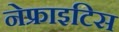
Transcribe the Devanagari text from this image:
नेफ्राइटिस